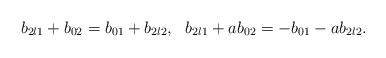
LaTeX: \begin{align*}b_{2l1}+b_{02}=b_{01}+b_{2l2}, \ \ b_{2l1}+ab_{02}=-b_{01}-ab_{2l2}.\end{align*}